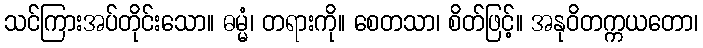
သင်ကြားအပ်တိုင်းသော။ ဓမ္မံ၊ တရားကို။ စေတသာ၊ စိတ်ဖြင့်။ အနုဝိတက္ကယတော၊